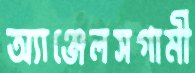
অ্যাঞ্জেলসগামী